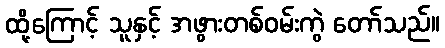
ထို့ကြောင့် သူနှင့် အဖွားတစ်ဝမ်းကွဲ တော်သည်။